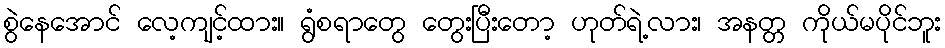
စွဲနေအောင် လေ့ကျင့်ထား။ ရွံစရာတွေ တွေးပြီးတော့ ဟုတ်ရဲ့လား၊ အနတ္တ ကိုယ်မပိုင်ဘူး